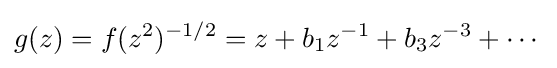
g(z)=f(z^{2})^{-1/2}=z+b_{1}z^{-1}+b_{3}z^{-3}+\cdots